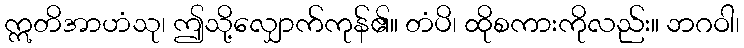
ဣတိအာဟံသု၊ ဤသို့လျှောက်ကုန်၏။ တံပိ၊ ထိုစကားကိုလည်း။ ဘဂဝါ၊